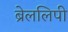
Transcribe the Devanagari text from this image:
ब्रेललिपी